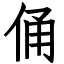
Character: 俑